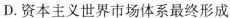
D.资本主义世界市场体系最终形成